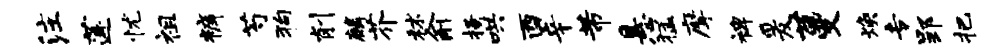
注莲忧祖裤芍狗削麟芥秫俞搔哄酉辛芾悬猛摩裨爰蔓焕专郢把